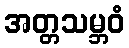
အတ္တသမ္ဘဝံ